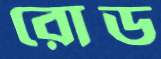
রোড